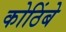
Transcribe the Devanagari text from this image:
कोठिंबे